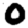
Digit: 0